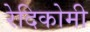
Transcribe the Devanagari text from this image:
रेदिकोमी